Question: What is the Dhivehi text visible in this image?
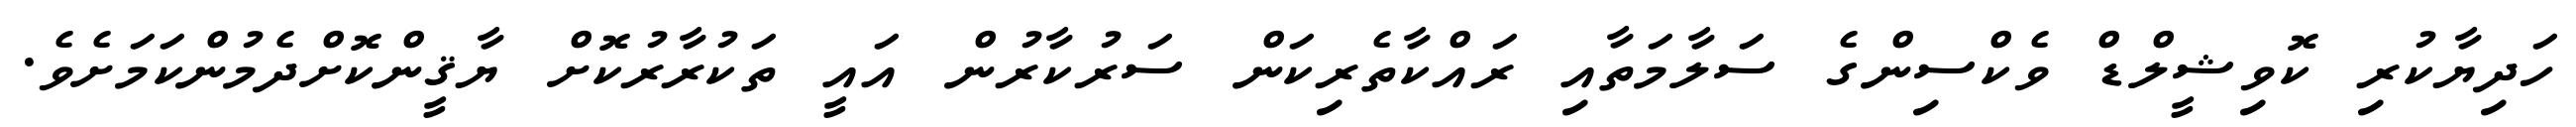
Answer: ހަދިޔާކުރި ކޮވިޝީލްޑް ވެކްސިންގެ ސަލާމަތާއި ރައްކާތެރިކަން ސަރުކާރުން އައީ ތަކުރާރުކޮށް ޔާޤީންކޮށްދެމުންކަމަށެވެ.